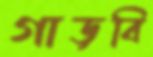
গাড়বি